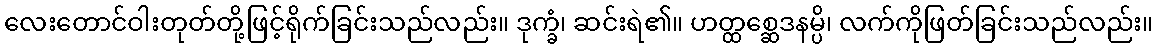
လေးတောင်ဝါးတုတ်တို့ဖြင့်ရိုက်ခြင်းသည်လည်း။ ဒုက္ခံ၊ ဆင်းရဲ၏။ ဟတ္ထစ္ဆေဒနမ္ပိ၊ လက်ကိုဖြတ်ခြင်းသည်လည်း။